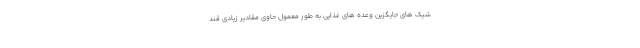
شیک های جایگزین وعده های غذایی به طور معمول حاوی مقادیر زیادی قند